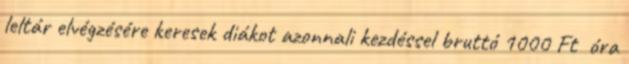
leltár elvégzésére keresek diákot azonnali kezdéssel bruttó 1000 Ft óra